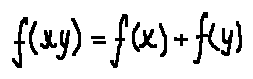
f ( x y ) = f ( x ) + f ( y )